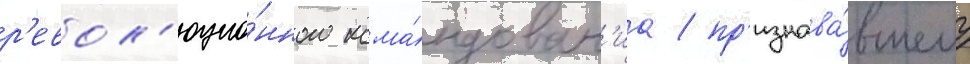
р'евол'юцио́нного кома́ндован'иа / пр'изнава́вшему